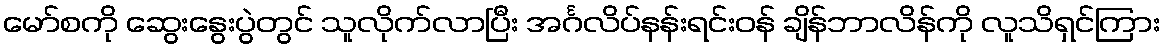
မော်စကို ဆွေးနွေးပွဲတွင် သူလိုက်လာပြီး အင်္ဂလိပ်နန်းရင်းဝန် ချိန်ဘာလိန်ကို လူသိရှင်ကြား